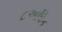
૮અધિક